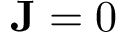
\mathbf { J } = 0